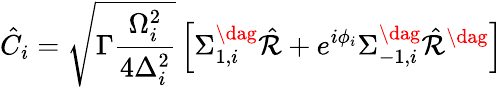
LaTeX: \hat{C}_{i}=\sqrt{\Gamma\frac{\Omega_{i}^{2}}{4\Delta_{i}^{2}}}\left[\Sigma_{1,i}^{\dag}\hat{\mathcal{R}}+e^{i\phi_{i}}\Sigma_{-1,i}^{\dag}\hat{\mathcal{R}}^{\dag}\right]